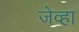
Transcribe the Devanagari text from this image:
जेव्‍हा